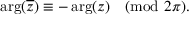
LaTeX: \quad \arg ( { \overline { { z } } } ) \equiv - \arg ( z ) { \pmod { 2 \pi } } .